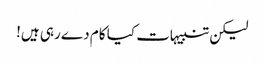
لیکن تنبیہات کیا کام دے رہی ہیں!